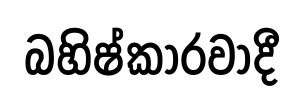
බහිෂ්කාරවාදී